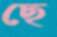
ছে